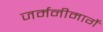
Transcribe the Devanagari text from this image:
जर्मनीमार्गे